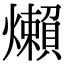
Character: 㸊